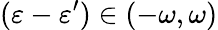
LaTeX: (\varepsilon-\varepsilon^{\prime})\in(-\omega,\omega)